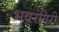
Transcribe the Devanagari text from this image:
भवरगिरी